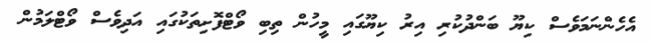
އެހެންނަމަވެސް ކިޔޫ ބަންދުކުރި އިރު ކިޔޫގައި މީހުން ތިބި ވޯޓްފޮށިތަކުގައި އަދިވެސް ވޯޓްލަމުން